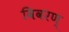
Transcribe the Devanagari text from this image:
विवरण्‌